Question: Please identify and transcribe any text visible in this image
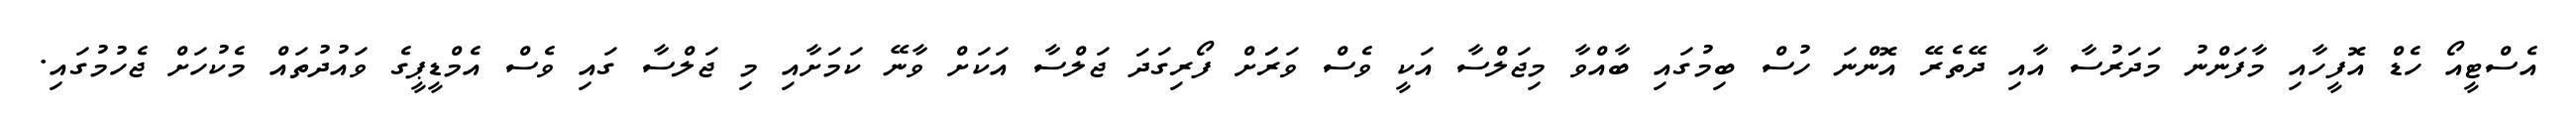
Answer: އެސްޓީއޯ ހެޑް އޮފީހާއި މާފަންނު މަދަރުސާ އާއި ދޭތެރޭ އޮންނަ ހުސް ބިމުގައި ބާއްވާ މިޖަލްސާ އަކީ ވެސް ވަރަަށް ފޯރިގަދަ ޖަލްސާ އަކަށް ވާނޭ ކަމަށާއި މި ޖަލްސާ ގައި ވެސް އެމްޑީޕީގެ ވައުދުތައް މެކުހަށް ޖެހުމުގައި.